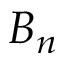
B _ { n }